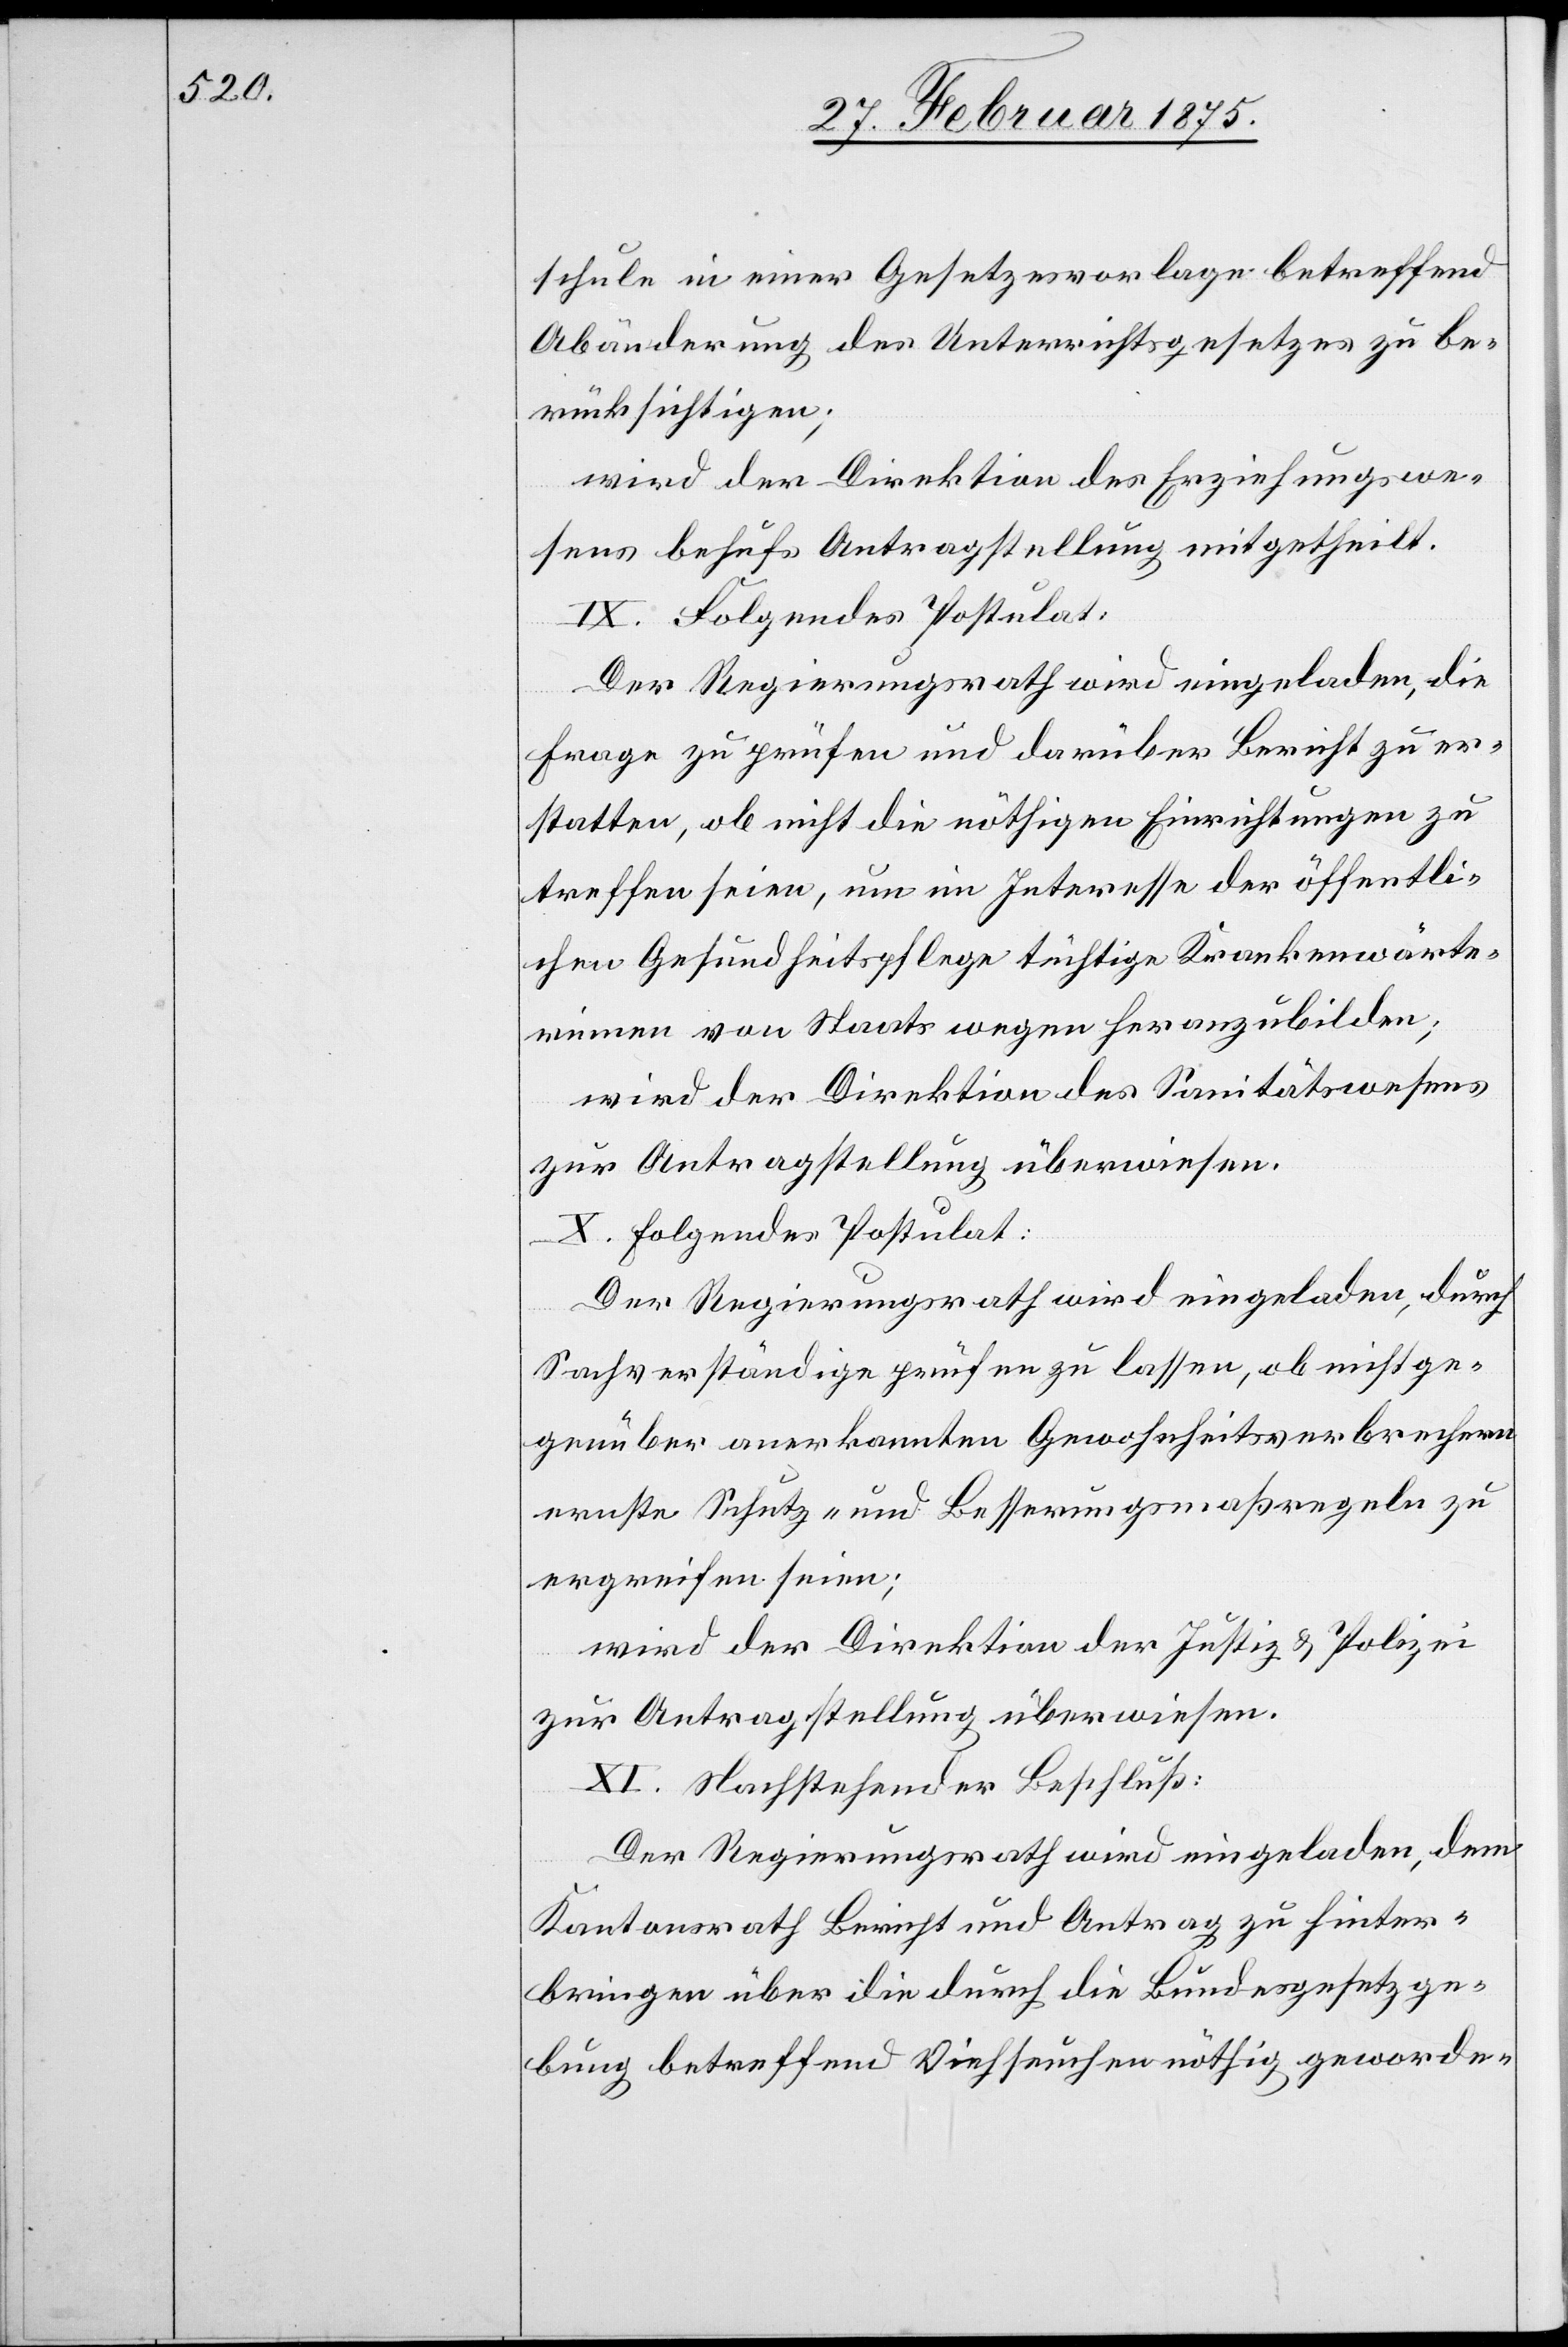
schule in einer Gesetzesvorlage betreffend
Abänderung des Unterrichtsgesetzes zu be¬
rücksichtigen;
wird der Direktion des Erziehungswe¬
sens behufs Antragstellung mitgetheilt.
IX. Folgende Postulat:
Der Regierungsrath wird eingeladen, die
Frage zu prüfen und darüber Bericht zu er¬
statten, ob nicht die nöthigen Einrichtungen zu
treffen seien, um im Interesse der öffentli¬
chen Gesundheitspflege tüchtige Krankenwärte¬
rinnen von Staatswegen heranzubilden;
wird der Direktion des Sanitätswesens
zur Antragstellung überwiesen.
X. Folgendes Postulat:
Der Regierungsrath wird eingeladen, durch
Sachverständige prüfen zu lassen, ob nicht ge¬
genüber anerkannten Gewohnheitsverbrechern
ernste Schutz- und Besserungsmaßregeln zu
ergreifen seien;
wird der Direktion der Justiz u. Polizei
zur Antragstellung überwiesen.
XI. Nachstehender Beschluß:
Der Regierungsrath wird eingeladen, dem
Kantonsrath Bericht und Antrag zu hinter¬
bringen über die durch die Bundesgesetzge¬
bung betreffend Viehseuchen nöthig geworde-